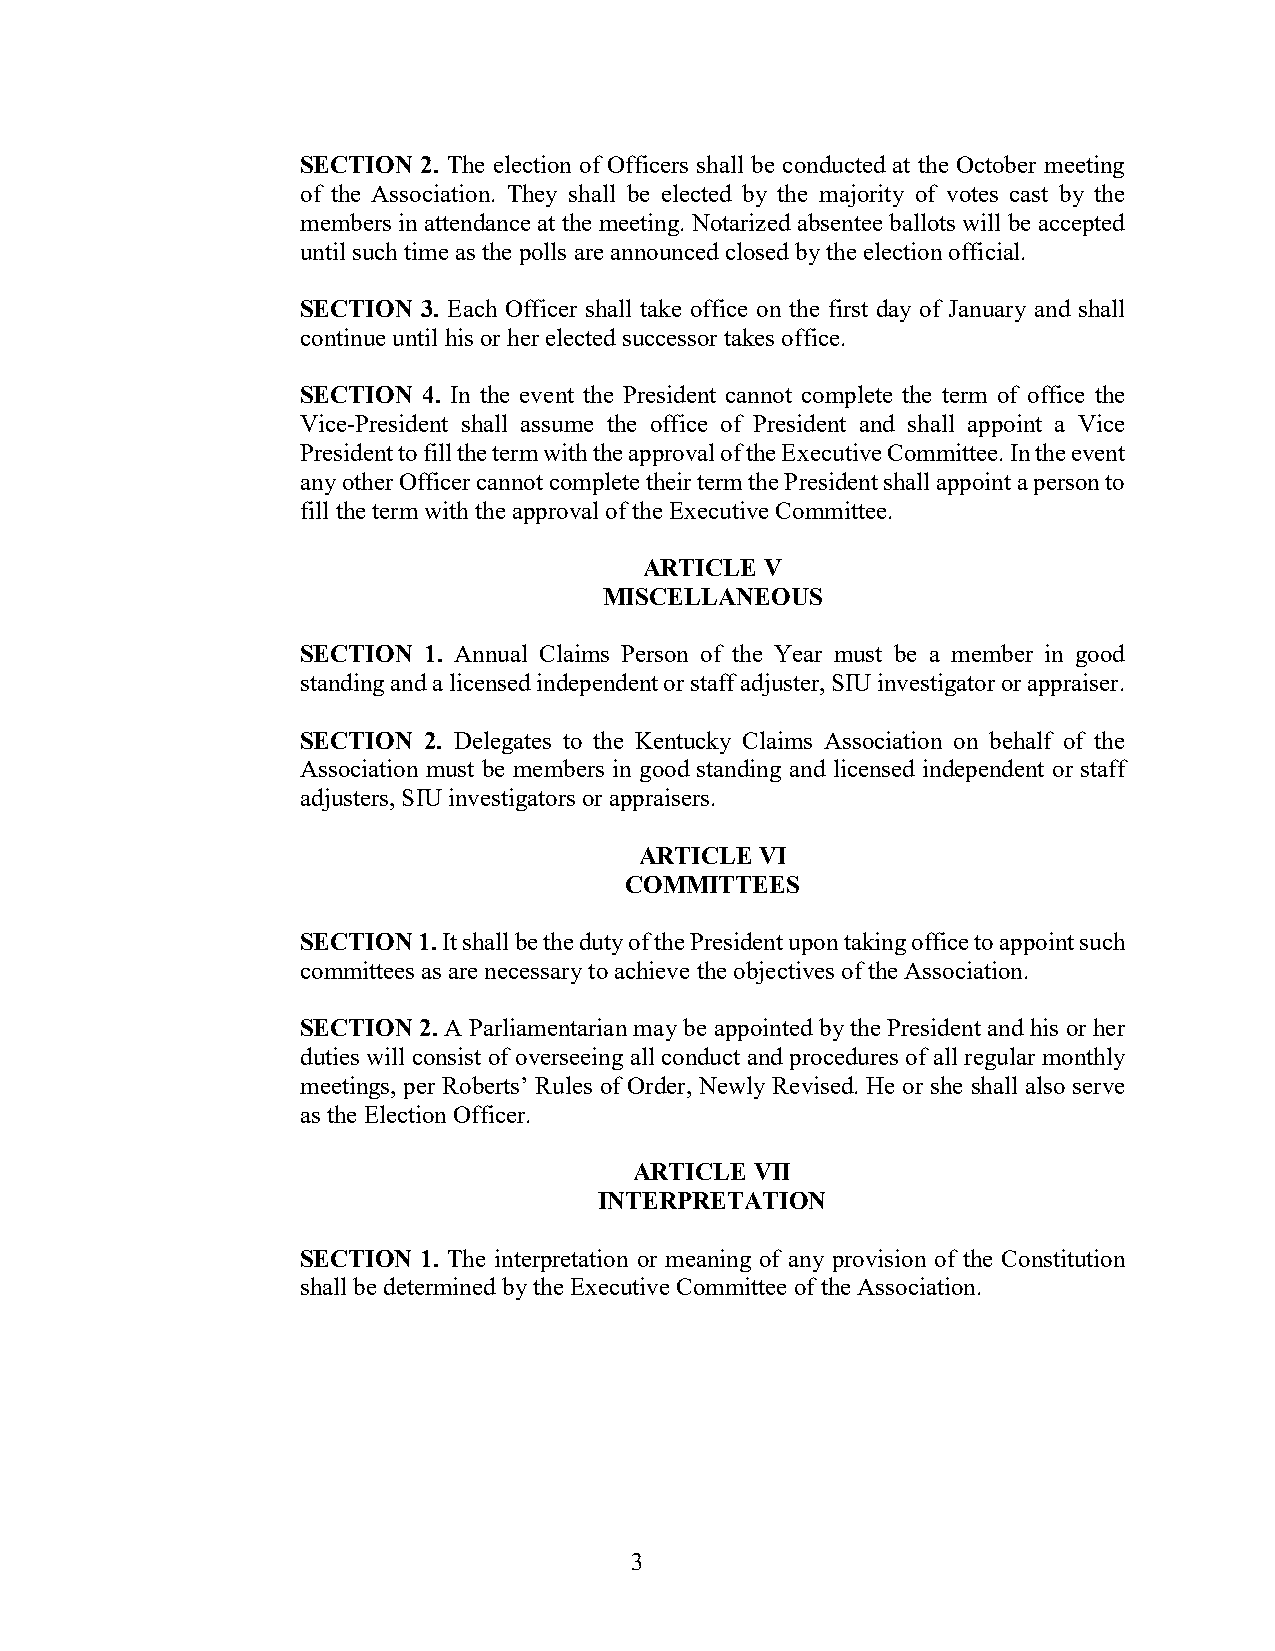
SECTION 2. The election of Officers shall be conducted at the October meeting
 of the Association. They shall be elected by the majority of votes cast by the
 members in attendance at the meeting. Notarized absentee ballots will be accepted
 until such time as the polls are announced closed by the election official.
 SECTION 3. Each Officer shall take office on the first day of January and shall
 continue until his or her elected successor takes office.
 SECTION 4. In the event the President cannot complete the term of office the
 Vice-President shall assume the office of President and shall appoint a Vice
 President to fill the term with the approval of the Executive Committee. In the event
 any other Officer cannot complete their term the President shall appoint a person to
 fill the term with the approval of the Executive Committee.
 ARTICLE V
 MISCELLANEOUS
 SECTION 1. Annual Claims Person of the Year must be a member in good
 standing and a licensed independent or staff adjuster, SIU investigator or appraiser.
 SECTION 2. Delegates to the Kentucky Claims Association on behalf of the
 Association must be members in good standing and licensed independent or staff
 adjusters, SIU investigators or appraisers.
 ARTICLE VI
 COMMITTEES
 SECTION 1. It shall be the duty of the President upon taking office to appoint such
 committees as are necessary to achieve the objectives of the Association.
 SECTION 2. A Parliamentarian may be appointed by the President and his or her
 duties will consist of overseeing all conduct and procedures of all regular monthly
 meetings, per Roberts’ Rules of Order, Newly Revised. He or she shall also serve
 as the Election Officer.
 ARTICLE VII
 INTERPRETATION
 SECTION 1. The interpretation or meaning of any provision of the Constitution
 shall be determined by the Executive Committee of the Association.
 3